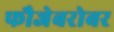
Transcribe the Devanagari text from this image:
फौजेबरोबर